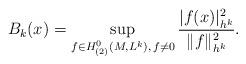
LaTeX: \begin{align*}B_{k}(x) = \sup_{f \in H^0_{(2)}(M, L^k),\, f \neq 0} \frac{|f(x)|^2_{h^k}}{\|f\|^2_{h^k}}. \end{align*}